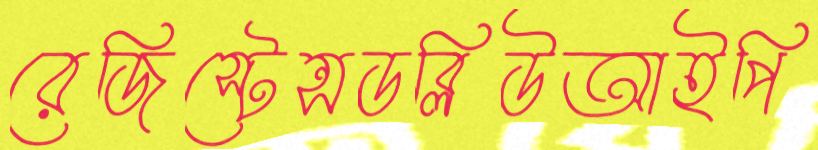
রেজিস্টেন্সডব্লিউআইপি